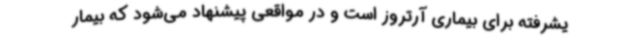
یشرفته برای بیماری آرتروز است و در مواقعی پیشنهاد می‌شود که بیمار